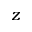
z